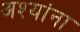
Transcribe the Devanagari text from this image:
अश्यांना